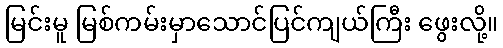
မြင်းမူ မြစ်ကမ်းမှာသောင်ပြင်ကျယ်ကြီး ဖွေးလို့။